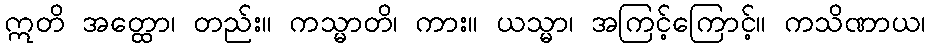
ဣတိ အတ္ထော၊ တည်း။ ကသ္မာတိ၊ ကား။ ယသ္မာ၊ အကြင့်ကြောင့်။ ကသိဏာယ၊